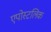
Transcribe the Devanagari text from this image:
एपोस्टलिक